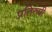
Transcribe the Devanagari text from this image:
प्रतिरुपी